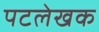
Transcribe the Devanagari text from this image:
पटलेखक